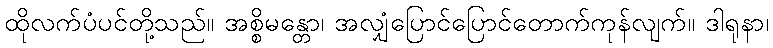
ထိုလက်ပံပင်တို့သည်။ အစ္စိမန္တော၊ အလျှံပြောင်ပြောင်တောက်ကုန်လျက်။ ဒါရုနာ၊